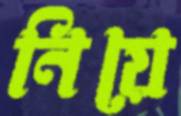
নিয়ে